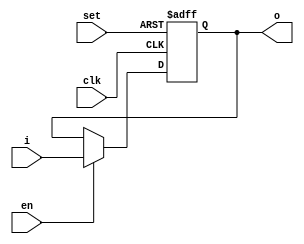
// This program was cloned from: https://github.com/mehedi37/Verilog_study
// License: MIT License

module dff(
  input wire clk, set, en,
  input wire [3:0] i,
  output wire [3:0] o
);
  reg [3:0] o_reg;
  wire [3:0] o_next;
  always @(posedge clk, posedge set)
  begin
    if (set)
      o_reg <= 4'b1111;
    else if (en)
      o_reg <= o_next;
  end
  assign o_next = i;
  assign o = o_reg;

endmodule